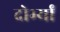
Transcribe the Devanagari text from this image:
दोर्भ्यां